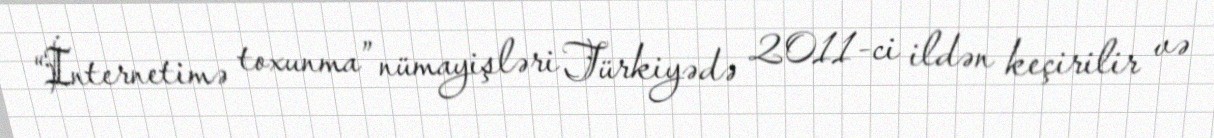
“İnternetimə toxunma” nümayişləri Türkiyədə 2011-ci ildən keçirilir və